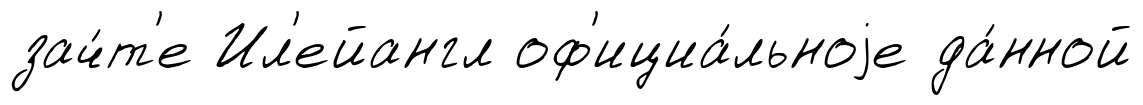
зач́т'е Ил'ейангл оф'ициа́льноjе да́нной